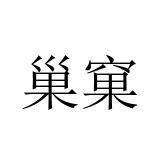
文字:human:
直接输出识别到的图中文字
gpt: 巢窠